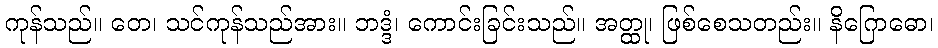
ကုန်သည်။ တေ၊ သင်ကုန်သည်အား။ ဘဒ္ဒံ၊ ကောင်းခြင်းသည်။ အတ္ထု၊ ဖြစ်စေသတည်း။ နိဂြောဓော၊